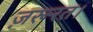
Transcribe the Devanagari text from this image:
ज़रूरत।